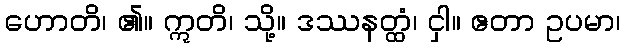
ဟောတိ၊ ၏။ ဣတိ၊ သို့။ ဒဿနတ္ထံ၊ ငှါ။ ဧတာ ဥပမာ၊